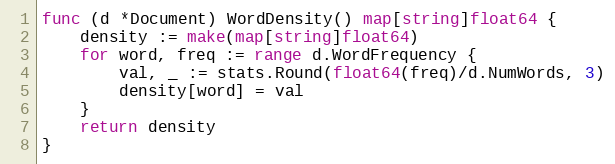
Language: Go
func (d *Document) WordDensity() map[string]float64 {
	density := make(map[string]float64)
	for word, freq := range d.WordFrequency {
		val, _ := stats.Round(float64(freq)/d.NumWords, 3)
		density[word] = val
	}
	return density
}